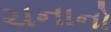
ચનાનો